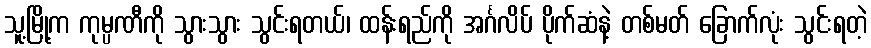
သူ့မြို့က ကုမ္ပဏီကို သွားသွား သွင်းရတယ်၊ ထန်းရည်ကို အင်္ဂလိပ် ပိုက်ဆံနဲ့ တစ်မတ် ခြောက်လုံး သွင်းရတဲ့